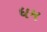
ધમ